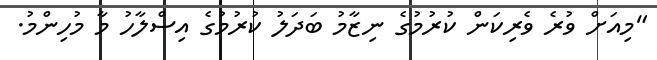
"މިއަށް ވުރެ ވެރިކަން ކުރުމުގެ ނިޒާމު ބަދަލު ކުރުމުގެ އިސްލާހު މާ މުހިންމު.